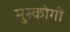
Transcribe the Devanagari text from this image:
मुस्कोगी